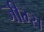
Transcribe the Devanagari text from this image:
जीम्स